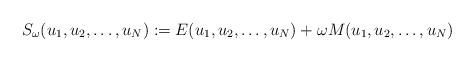
\begin{align*}S_\omega (u_1,u_2,\dots , u_N) := E(u_1,u_2,\dots , u_N) + \omega M(u_1,u_2,\dots , u_N)\end{align*}